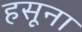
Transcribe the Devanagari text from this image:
हसूना